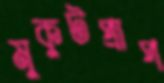
মুকুটপ্রাপ